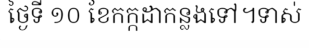
ថ្ងៃទី ១០ ខែកក្កដាកន្លងទៅ។ទាស់